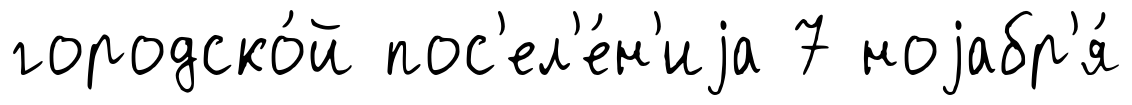
городско́й пос'ел'е́н'иjа 7 ноjабр'я́